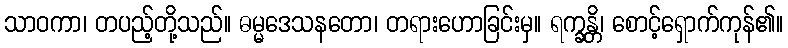
သာဝကာ၊ တပည့်တို့သည်။ ဓမ္မဒေသနတော၊ တရားဟောခြင်းမှ။ ရက္ခန္တိ၊ စောင့်ရှောက်ကုန်၏။